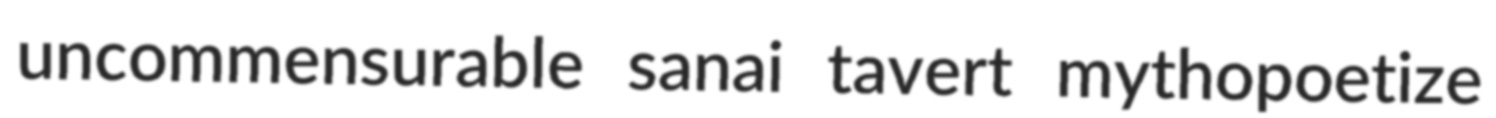
uncommensurable sanai tavert mythopoetize